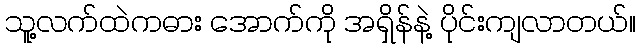
သူ့လက်ထဲကဓား အောက်ကို အရှိန်နဲ့ ပိုင်းကျလာတယ်။